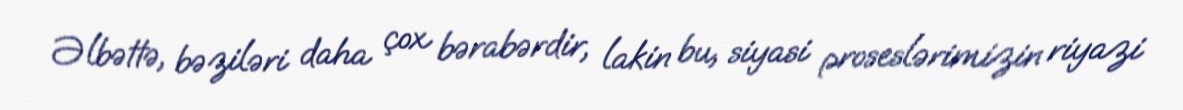
Əlbəttə, bəziləri daha çox bərabərdir, lakin bu, siyasi proseslərimizin riyazi